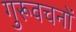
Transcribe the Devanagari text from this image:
गुरूवचनों